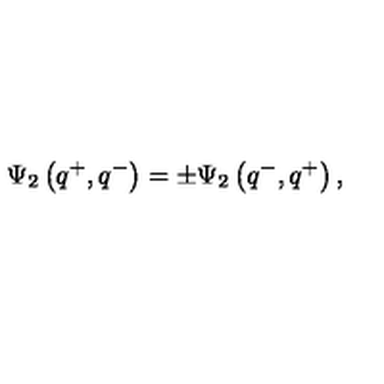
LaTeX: \Psi _ { 2 } \left( q ^ { + } , q ^ { - } \right) = \pm \Psi _ { 2 } \left( q ^ { - } , q ^ { + } \right) ,